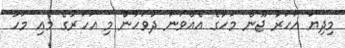
މިދިޔަ އަހަރު ޖޫން މަހުގެ އެއްވަނަ ދުވަހުން މި އަހަރުގެ މެއި މަހު